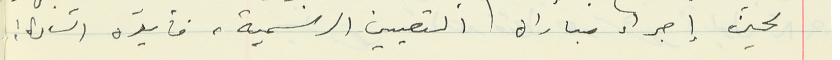
لحين إجراء مباراة التعيين الرسمية، فأيده السادة :